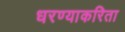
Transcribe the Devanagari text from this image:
धरण्याकरिता